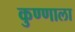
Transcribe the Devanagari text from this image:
कुण्णाला